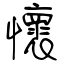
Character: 懷